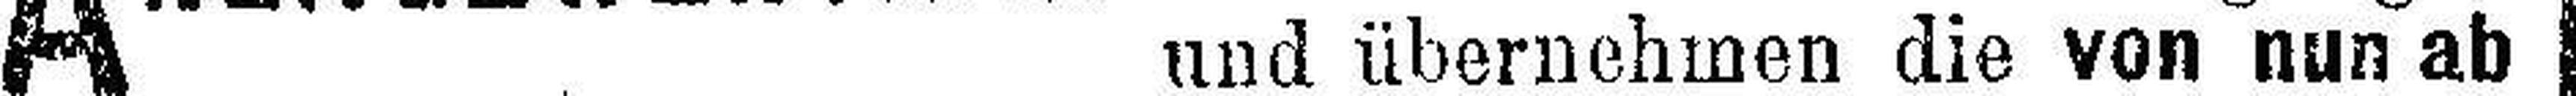
und übernehmen die von nun ab